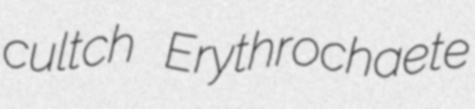
cultch Erythrochaete